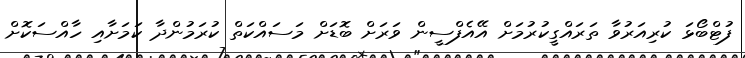
ފުޓްބޯޅަ ކުރިއަރުވާ ތަރައްގީކުރުމަށް އޭއެފްސީން ވަރަށް ބޮޑަށް މަސައްކަތް ކުރަމުންދާ ކަމަށާއި ހާއްސަކޮށް